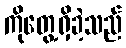
ကိုတွေ့ရှိခဲ့သည်